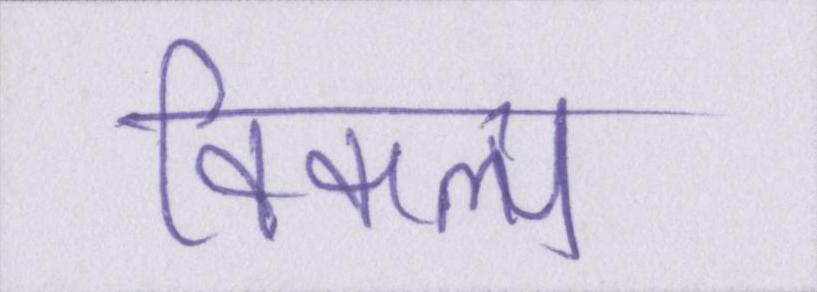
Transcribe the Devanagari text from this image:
विकल्प